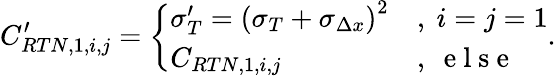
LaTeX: C_{RTN,1,{i,j}}^{\prime}=\left\{ \begin{array}{ll}{\sigma_{T}^{\prime}=\left(\sigma_{T}+\sigma_{\Delta x}\right)^{2}}&{,\ i=j=1}\\ {C_{RTN,1,{i,j}}}&{,\ \mathrm{~e~l~s~e~}}\end{array}\right..